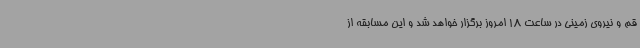
قم و نیروی زمینی در ساعت 18 امروز برگزار خواهد شد و این مسابقه از